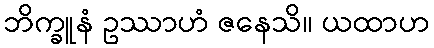
ဘိက္ခူနံ ဥဿာဟံ ဇနေသိ။ ယထာဟ